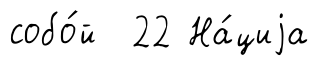
собо́й 22 На́циjа